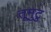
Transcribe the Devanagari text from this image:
तूमुटु